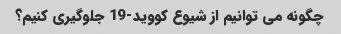
چگونه می توانیم از شیوع کووید-19 جلوگیری کنیم؟